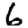
Digit: 6